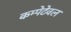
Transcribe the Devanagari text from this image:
कम्पेटेवल